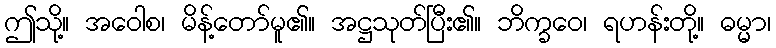
ဤသို့။ အဝေါစ၊ မိန့်တော်မူ၏။ အဋ္ဌသုတ်ပြီး၏။ ဘိက္ခဝေ၊ ရဟန်းတို့။ ဓမ္မာ၊